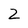
Character: 2